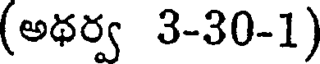
(అథర్వ 3-30-1)